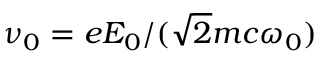
\nu _ { 0 } = e { \cal E } _ { 0 } / ( \sqrt { 2 } m c \omega _ { 0 } )